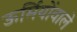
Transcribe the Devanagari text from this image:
ऊर्मियोंवाले